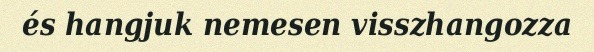
és hangjuk nemesen visszhangozza